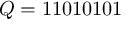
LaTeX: Q = 1 1 0 1 0 1 0 1